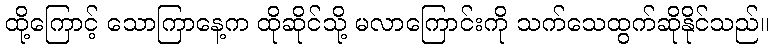
ထို့ကြောင့် သောကြာနေ့က ထိုဆိုင်သို့ မလာကြောင်းကို သက်သေထွက်ဆိုနိုင်သည်။